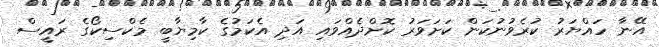
އޭނާ ހައްޔަރު ކުރެވުނުކަން ކަށަވަރު ކޮށްދެއްވައި އަދި އެކަމުގެ ކާމިޔާބީ މެކްސިކޯގެ ރައީސް